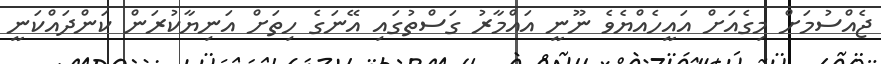
ޖެއްސުމަށް މިގެއަށް އައީހެއްޔެވެ ނޫނީ އައްމާރު ގަސްތުގައި އޭނަގެ ހިތަށް އަނިޔާކުރަން ކަންދައްކަނީ